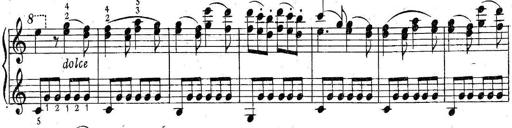
Title: 6 Easy Sonatinas
Composer: Carl Czerny